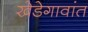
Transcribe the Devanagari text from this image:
खेडेगावांत